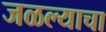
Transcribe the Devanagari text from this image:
जळल्याचा